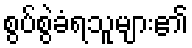
စွပ်စွဲခံရသူများ၏